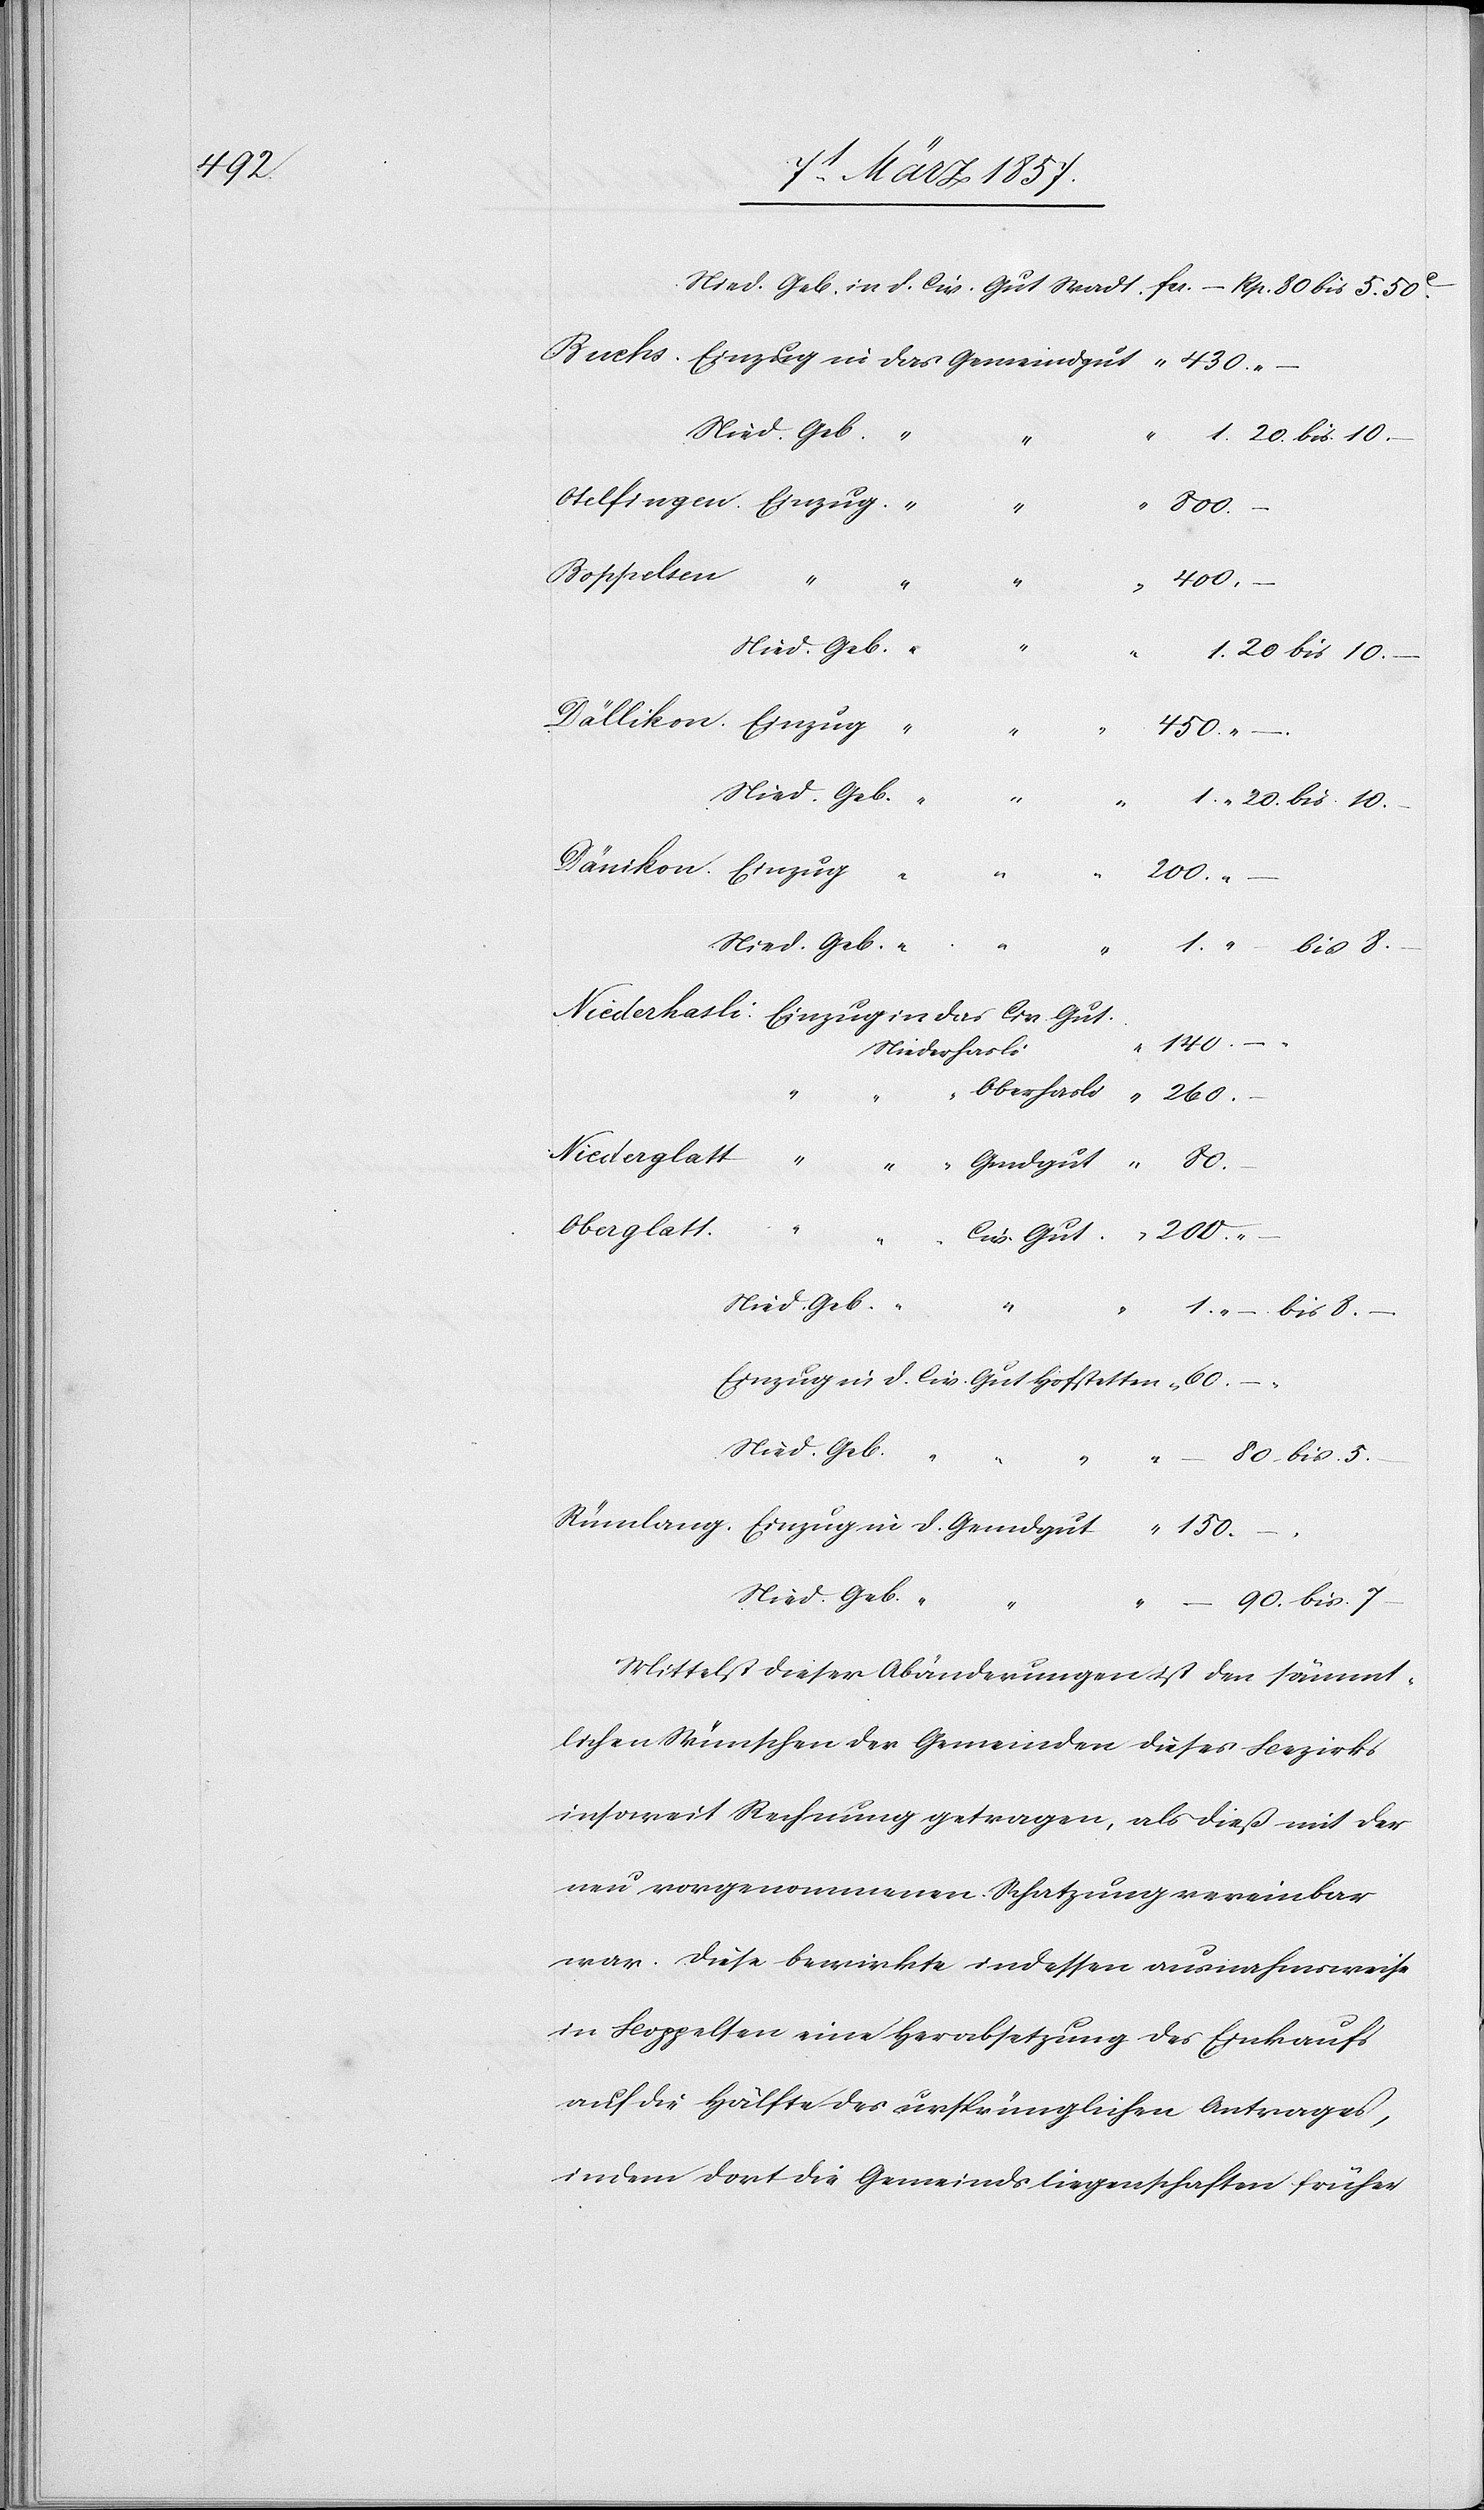
Mittelst dieser Abänderungen ist den sämmt¬
lichen Wünschen der Gemeinden dieses Bezirks
insoweit Rechnung getragen, als dieß mit der
neu vorgenommenen Schatzung vereinbar
war. Diese bewirkte indessen ausnahmsweise
in Boppelsen eine Herabsetzung des Einkaufs
auf die Hälfte des ursprünglichen Antrages,
indem dort die Gemeindsliegenschaften früher